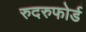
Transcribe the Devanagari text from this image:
रुदरुफोर्ड